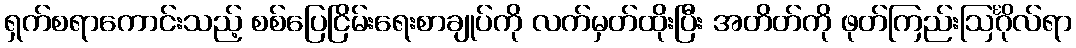
ရှက်စရာကောင်းသည့် စစ်ပြေငြိမ်းရေးစာချုပ်ကို လက်မှတ်ထိုးပြီး အတိတ်ကို ဖုတ်ကြည်းဩင်္ဂိုလ်ရာ